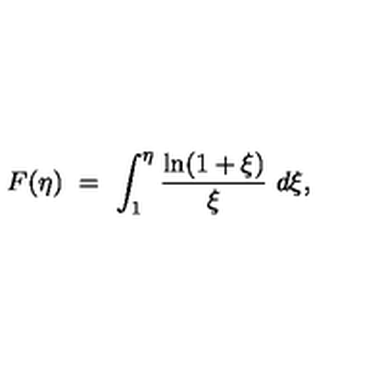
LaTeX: F ( \eta ) \ = \ \int _ { 1 } ^ { \eta } \frac { \ln ( 1 + \xi ) } \xi \ d \xi ,